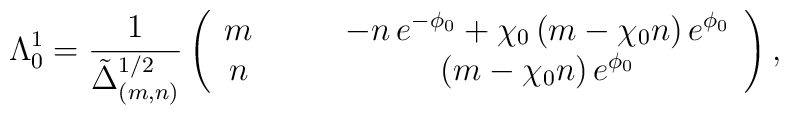
\Lambda_0^1 = \frac{1}{\tilde{\Delta}_{(m,n)}^{1/2}} \left(\begin{array}{cc}m \qquad& -  n \,e^{-\phi_0} + \chi_0 \,(m - \chi_0 n) \,e^{\phi_0} \\n\qquad & (m - \chi_0 n)\, e^{\phi_0} \end{array} \right),